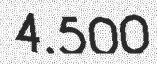
4.500